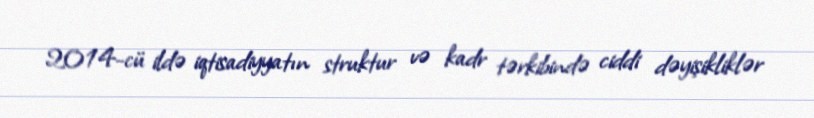
2014-cü ildə iqtisadiyyatın struktur və kadr tərkibində ciddi dəyişikliklər